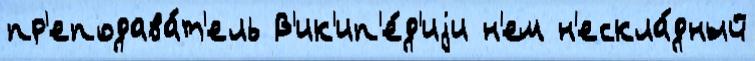
пр'еподава́т'ель В'ик'ип'е́д'иjи н'ем н'ескла́дный